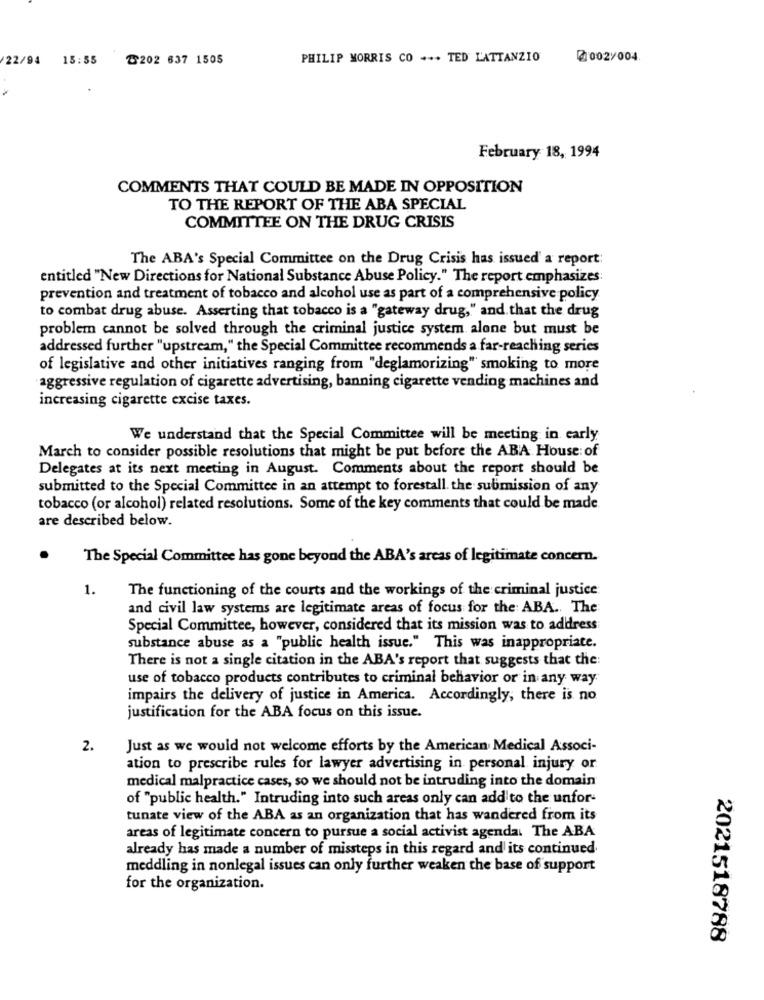
22/94
15:55
T202 637 1505
PHILIP MORRIS CO ... TED LATTANZIO
2002/004
February 18, 1994
COMMENTS THAT COULD BE MADE IN OPPOSITION
TO THE REPORT OF THE ABA SPECIAL
COMMITTEE ON THE DRUG CRISIS
The ABA's Special Committee on the Drug Crisis has issued a report:
entitled "New Directions for National Substance Abuse Policy." The report emphasizes:
prevention and treatment of tobacco and alcohol use as part of a comprehensive policy
to combat drug abuse. Asserting that tobacco is a "gateway drug," and that the drug
problem cannot be solved through the criminal justice system alone but must be
addressed further "upstream," the Special Committee recommends a far-reaching series
of legislative and other initiatives ranging from "deglamorizing" smoking to more
aggressive regulation of cigarette advertising, banning cigarette vending machines and
increasing cigarette excise taxes.
We understand that the Special Committee will be meeting in carly
March to consider possible resolutions that might be put before the ABA House: of
Delegates at its next meeting in August. Comments about the report should be
submitted to the Special Committee in an attempt to forestall. the submission of any
tobacco (or alcohol) related resolutions. Some of the key comments that could be made
are described below.
The Special Committee has gone beyond the ABA's areas of legitimate concern.
1.
The functioning of the courts and the workings of the criminal justice
and civil law systems are legitimate areas of focus for the: ABA. The
Special Committee, however, considered that its mission was to address
substance abuse as a "public health issue." This was inappropriate.
There is not a single citation in the ABA's report that suggests that the:
use of tobacco products contributes to criminal behavior or in any way
impairs the delivery of justice in America. Accordingly, there is no
justification for the ABA focus on this issue.
2.
Just as we would not welcome efforts by the American Medical Associ-
ation to prescribe rules for lawyer advertising in personal injury or
medical malpractice cases, so we should not be intruding into the domain
of "public health." Intruding into such areas only can add to the unfor-
tunate view of the ABA as an organization that has wandered from its
areas of legitimate concern to pursue a social activist agenda. The ABA
already has made a number of missteps in this regard and its continued
meddling in nonlegal issues can only further weaken the base of support
for the organization.
2021518788